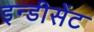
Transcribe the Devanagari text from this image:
इन्डीसेंट